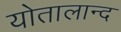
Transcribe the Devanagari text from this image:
योतालान्द